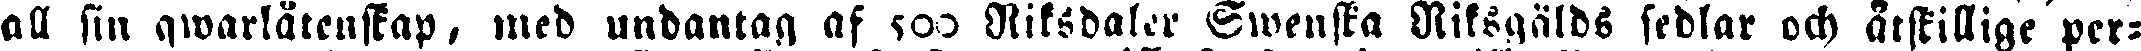
all sin qwarlåtenskap, med undantag af 500 Riksdaler Swenska Riksgälds sedlar och åtskillige per-